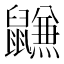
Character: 𱌐